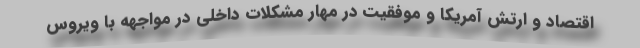
اقتصاد و ارتش آمریکا و موفقیت در مهار مشکلات داخلی در مواجهه با ویروس